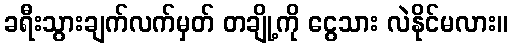
ခရီးသွားချက်လက်မှတ် တချို့ကို ငွေသား လဲနိုင်မလား။